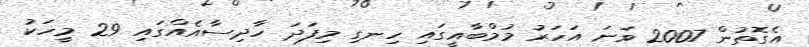
އެގޮތުން 2007 ވަނަ އަހަރު މުމްބާއީގައި ހިނގި މިފަދަ ހާދިސާއެއްގައި 29 މީހަކު